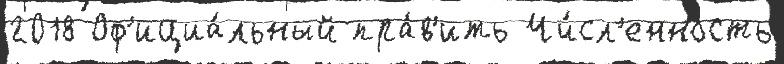
2018 Оф'ициа́льный пра́в'ить Чи́сл'енность